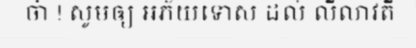
ចា៎ ! សូមឲ្យ អភ័យទោស ដល់ លីលាវតី